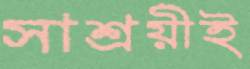
সাশ্রয়ীই